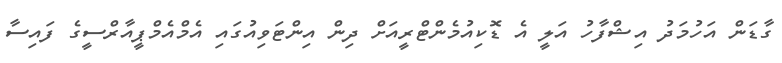
ގާޑަން އަހުމަދު އިޝްފާހު އަލީ އެ ޑޮކިއުމެންޓްރީއަށް ދިން އިންޓަވިއުގައި އެމްއެމްޕީއާރްސީގެ ފައިސާ